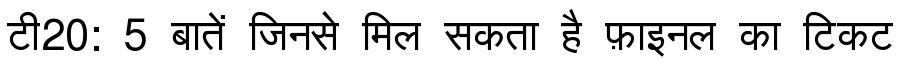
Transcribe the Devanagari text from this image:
टी20: 5 बातें जिनसे मिल सकता है फ़ाइनल का टिकट